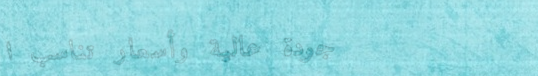
جودة عالية وأسعار تناسب ا